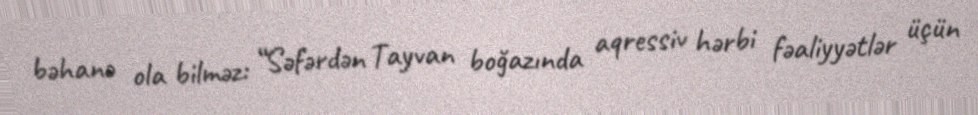
bəhanə ola bilməz: “Səfərdən Tayvan boğazında aqressiv hərbi fəaliyyətlər üçün